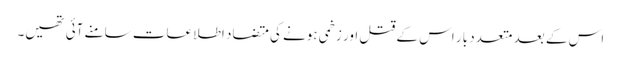
اس کے بعد متعدد بار اس کے قتل اور زخمی ہونے کی متضاد اطلاعات سامنے آئی تھیں۔